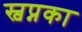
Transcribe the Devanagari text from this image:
स्वप्नका